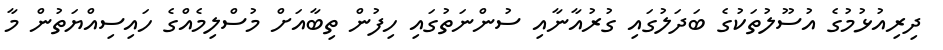
ދިރިއުޅުމުގެ އުސޫލުތަކުގެ ބަދަލުގައި ގުރުއާނާއި ސުންނަތުގައި ހިފުން ތިބާއަށް މުސްލިމެއްގެ ހައިސިއްޔަތުން މާ